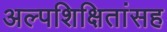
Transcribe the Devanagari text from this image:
अल्पशिक्षितांसह